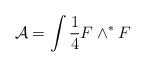
\begin{align*}{\mathcal A}=\int \frac{1}{4} F\wedge ^* F\end{align*}